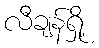
လီချန်ရှို့